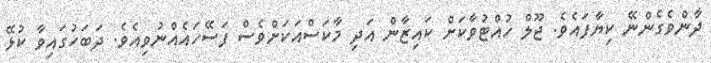
ދާންވެގެންނޭ ކިޔާފައެވެ. ޖޫލް ހުއްޓުވާކަށް ކައިޒާން އަދި މާކަސްއަކަށްވެސް ފަސޭހައެއްނުވިއެވެ. ދަބަހުގައިވާ ކުޅޭ